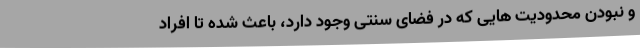
و نبودن محدودیت هایی که در فضای سنتی وجود دارد، باعث شده تا افراد